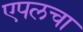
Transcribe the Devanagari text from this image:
एपलचा